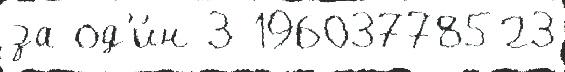
за од'и́н 3 19603778523